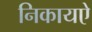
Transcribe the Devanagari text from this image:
निकायऐ